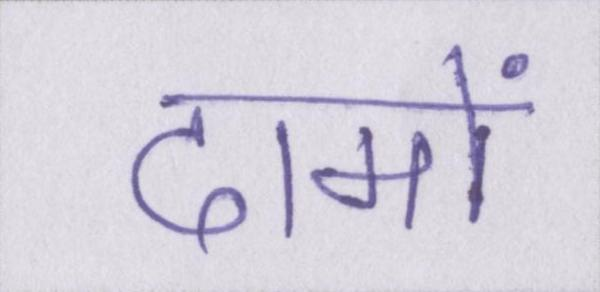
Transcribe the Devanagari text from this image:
दामों